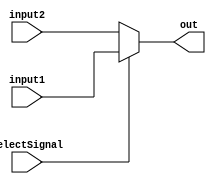
`timescale 1ns / 1ps
//////////////////////////////////////////////////////////////////////////////////
// Company: 
// Engineer: 
// 
// Design Name: 
// Module Name: Mux_s
// Project Name: 
// Target Devices: 
// Tool Versions: 
// Description: 
// 
// Dependencies: 
// 
// Revision:
// Revision 0.01 - File Created
// Additional Comments:
// 
//////////////////////////////////////////////////////////////////////////////////


module Mux_s(
    input selectSignal,
    input [4:0] input1,
    input [4:0] input2,
    output [4:0] out
    );
    assign out =selectSignal?input1:input2;
endmodule